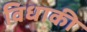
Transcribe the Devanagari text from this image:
विधाकी